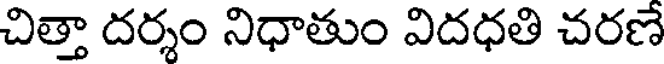
చిత్తా దర్శం నిధాతుం విదధతి చరణే